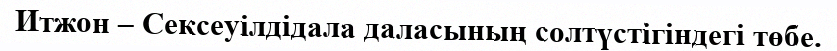
Итжон – Сексеуілдідала даласының солтүстігіндегі төбе.